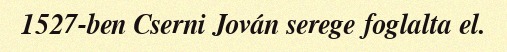
1527-ben Cserni Jován serege foglalta el.